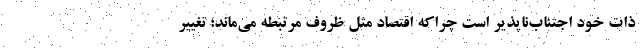
ذات خود اجتناب‌ناپذیر است چراکه اقتصاد مثل ظروف مرتبطه می‌ماند؛ تغییر